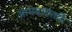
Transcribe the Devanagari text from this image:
आमदारांतर्फे